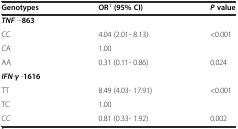
| Genotypes | OR‡ (95% CI) | Pvalue |
 | --- | --- | --- |
 | TNF −863 |  |  |
 | CC | 4.04 (2.01- 8.13) | <0.001 |
 | CA | 1.00 |  |
 | AA | 0.31 (0.11- 0.86) | 0.024 |
 | IFN-γ -1616 |  |  |
 | TT | 8.49 (4.03- 17.91) | <0.001 |
 | TC | 1.00 |  |
 | CC | 0.81 (0.33- 1.92) | 0.002 |